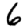
Digit: 6